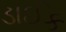
ડાઈક